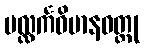
ပလ္လင်္ကဝိမာနဝတ္ထု